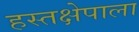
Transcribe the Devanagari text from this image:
हस्तक्षेपाला